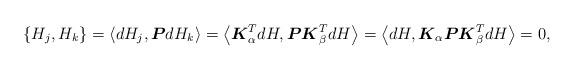
LaTeX: \begin{gather*}\{H_j, H_k\}=\langle dH_j,\boldsymbol{P} dH_k\rangle =\big\langle \boldsymbol{K}_{\alpha}^T dH,\boldsymbol{P} \boldsymbol{K}^T_{\beta} dH\big\rangle =\big\langle dH,\boldsymbol{K}_{\alpha} \boldsymbol{P} \boldsymbol{K}_{\beta}^T dH\big\rangle =0 ,\end{gather*}